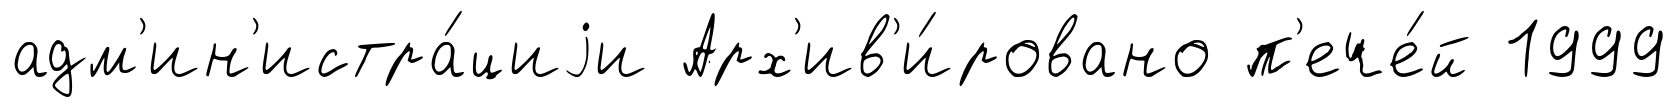
адм'ин'истра́циjи Арх'ив'и́ровано п'ече́й 1999